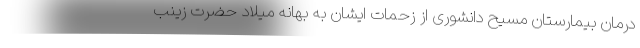
درمان بیمارستان مسیح دانشوری از زحمات ایشان به بهانه میلاد حضرت زینب